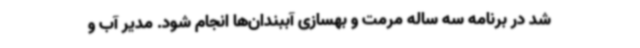
شد در برنامه سه ساله مرمت و بهسازی آببندان‌ها انجام شود. مدیر آب و